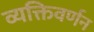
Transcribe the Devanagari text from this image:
व्यक्तिवर्णन